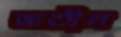
জতীন